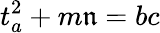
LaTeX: t_{a}^{2}+m\mathfrak{n}=bc